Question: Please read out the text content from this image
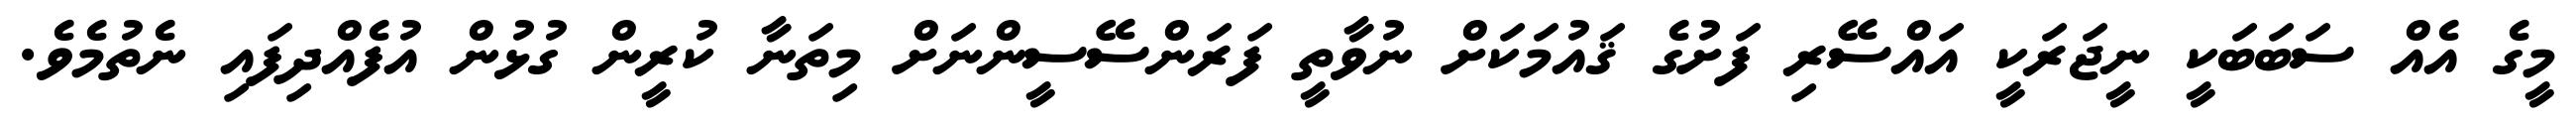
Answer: މީގެ އެއް ސަބަބަކީ ނީޖަރަކީ އައްސޭރި ފަށުގެ ޤައުމަކަށް ނުވާތީ ފަރަންސޭސީންނަށް މިތަނާ ކުރީން ގުޅުން އުފެއްދިފައި ނެތުމެވެ.